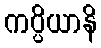
ကပ္ပိယာနိ